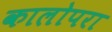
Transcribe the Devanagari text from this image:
कालोपरा